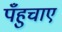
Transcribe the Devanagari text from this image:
पँहुचाए